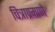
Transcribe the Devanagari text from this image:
चित्राप्रमाणे